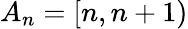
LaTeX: A_{n}=\left[n,n+1\right)